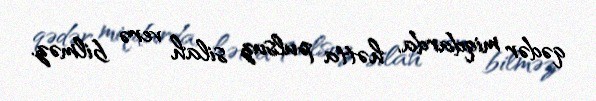
qədər miqdarda, hətta pulsuz silah verə bilməz.